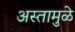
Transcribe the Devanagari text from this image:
अस्तामुळे